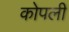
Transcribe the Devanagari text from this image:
कोपली